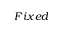
F i x e d